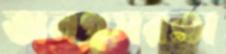
অনগ্রসরতা